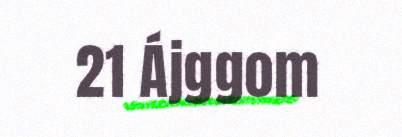
21 Ájggom